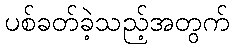
ပစ်ခတ်ခဲ့သည့်အတွက်